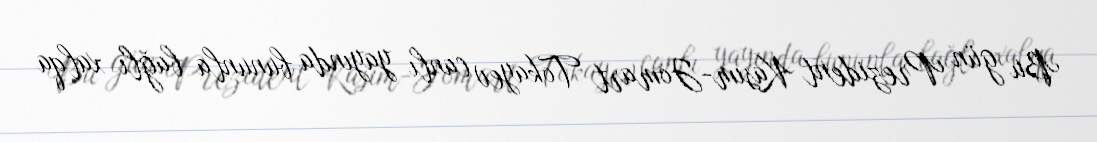
Bu gün Prezident Kasım-Jomart Tokayev canlı yayında bununla bağlı xalqa